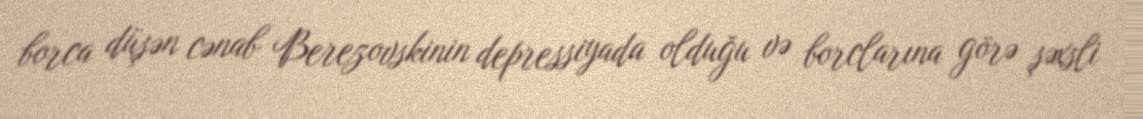
borca düşən cənab Berezovskinin depressiyada olduğu və borclarına görə şəxsli